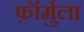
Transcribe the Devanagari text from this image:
फ़ॉर्मुला